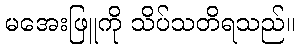
မအေးဖြူကို သိပ်သတိရသည်။